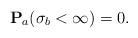
LaTeX: \begin{align*}\mathbf{P}_a(\sigma_b<\infty)=0.\end{align*}